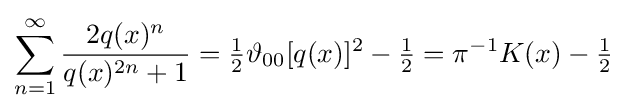
\sum _{n=1}^{\infty }{\frac {2q(x)^{n}}{q(x)^{2n}+1}}={\tfrac {1}{2}}\vartheta _{00}[q(x)]^{2}-{\tfrac {1}{2}}=\pi ^{-1}K(x)-{\tfrac {1}{2}}